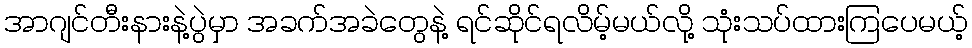
အာဂျင်တီးနားနဲ့ပွဲမှာ အခက်အခဲတွေနဲ့ ရင်ဆိုင်ရလိမ့်မယ်လို့ သုံးသပ်ထားကြပေမယ့်